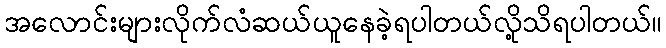
အလောင်းများလိုက်လံဆယ်ယူနေခဲ့ရပါတယ်လို့သိရပါတယ်။